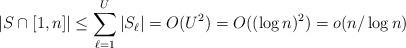
LaTeX: \begin{align*}\vert S\cap [1,n]\vert\leq \sum_{\ell=1}^U\vert S_{\ell}\vert=O(U^2)=O((\log n)^2)=o(n/\log n)\end{align*}